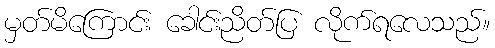
မှတ်မိကြောင်း ခေါင်းညိတ်ပြ လိုက်ရလေသည်။